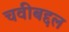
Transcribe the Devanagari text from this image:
चवीबद्दल